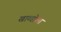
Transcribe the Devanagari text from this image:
खाण्डोला